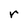
Character: r